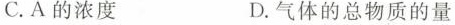
C.A的浓度 D.气体的总物质的量